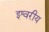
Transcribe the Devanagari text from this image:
इश्वरीय